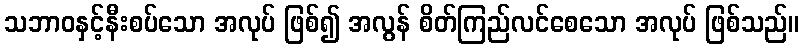
သဘာဝနှင့်နီးစပ်သော အလုပ် ဖြစ်၍ အလွန် စိတ်ကြည်လင်စေသော အလုပ် ဖြစ်သည်။